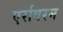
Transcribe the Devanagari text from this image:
एर्रावरम